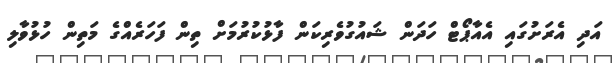
އަދި އެރަށުގައި އެއާޕޯޓް ހަދަން ޝައުގުވެރިކަން ފާޅުކުރުމަށް ތިން ފަހަރެއްގެ މަތިން ހުޅުވާލި